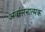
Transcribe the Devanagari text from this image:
अवसंरनात्मक